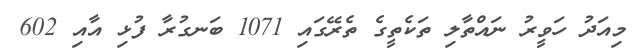
މިއަދު ހަވީރު ނައްތާލި ތަކެތީގެ ތެރޭގައި 1071 ބަނގުރާ ފުޅި އާއި 602